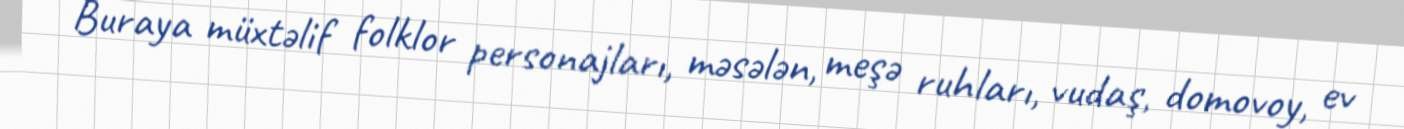
Buraya müxtəlif folklor personajları, məsələn, meşə ruhları, vudaş, domovoy, ev